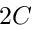
2 C